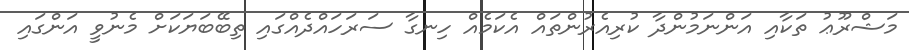
މަޝްރޫޢު ތަކާއި އަންނަމުންދާ ކުރިއެރުންތައް އެކަމެއް ހިނގާ ސަރަހައްދެއްގައި ތިބޭބަޔަކަށް މެނުވީ އަންގައި